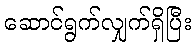
ဆောင်ရွက်လျှက်ရှိပြီး